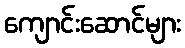
ကျောင်းဆောင်များ